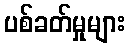
ပစ်ခတ်မှုများ